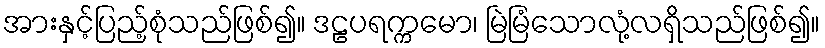
အားနှင့်ပြည့်စုံသည်ဖြစ်၍။ ဒဠပရက္ကမော၊ မြဲမြံသောလုံ့လရှိသည်ဖြစ်၍။